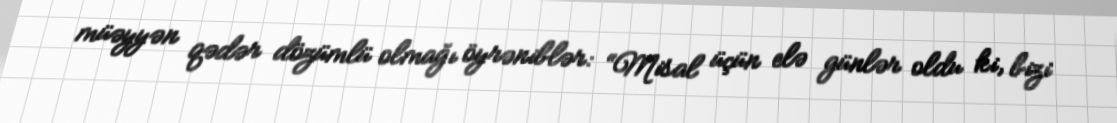
müəyyən qədər dözümlü olmağı öyrəniblər: “Misal üçün elə günlər oldu ki, bizi